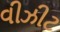
વીઝીટ